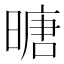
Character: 𪰼